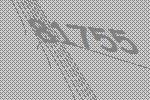
81755